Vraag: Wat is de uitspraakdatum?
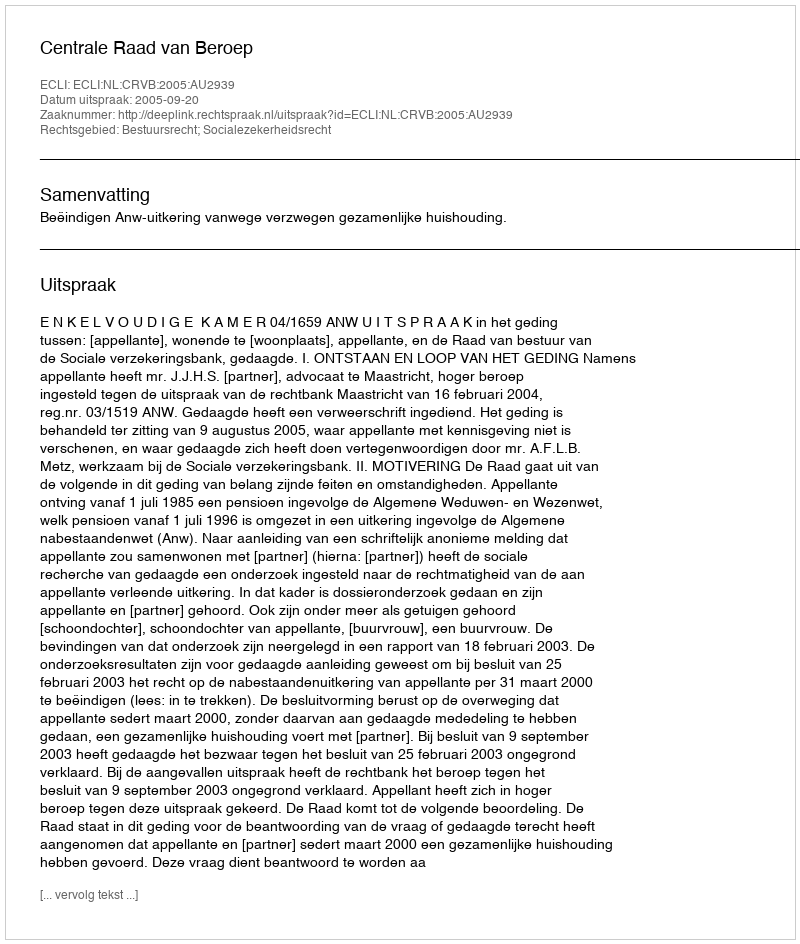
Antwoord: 2005-09-20